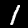
Label: 1